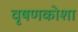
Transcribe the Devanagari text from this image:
वृषणकोशा